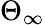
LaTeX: \Theta_{\infty}